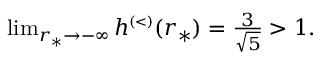
\begin{array} { r } { \operatorname* { l i m } _ { r _ { * } \to - \infty } h ^ { \scriptscriptstyle ( < ) } ( r _ { * } ) = \frac { 3 } { \sqrt { 5 } } > 1 . } \end{array}